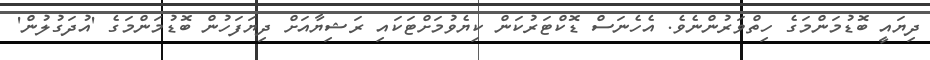
ދިޔައީ ބޮޑުމަންމަގެ ހިތްވަރުންނެވެ. އެހެނަސް ޑޮކްޓަރުކަން ކިޔެވުމަށްޓަކައި ރަޝިޔާއަށް ދިޔަފަހުން ބޮޑުމަންމަގެ 'އުދަގުލުން'